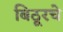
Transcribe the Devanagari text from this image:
बिठूरचे